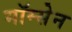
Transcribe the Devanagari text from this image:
मॉम्सेन